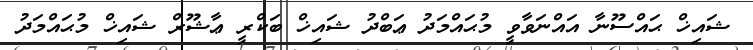
ޝައިޚް ޙައްސޫނާ އައްނަވާވީ މުޙައްމަދު ޢަބްދު ޝައިޚް ބަކްރީ ޢާޝޫރް ޝައިޚް މުޙައްމަދު